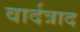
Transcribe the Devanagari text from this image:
वार्दत्राद